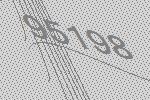
95198